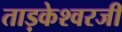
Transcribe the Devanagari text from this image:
ताड़केश्वरजी